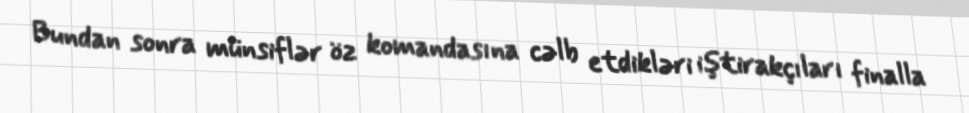
Bundan sonra münsiflər öz komandasına cəlb etdikləri iştirakçıları finalla